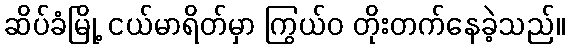
ဆိပ်ခံမြို့ ငယ်မာရိတ်မှာ ကြွယ်ဝ တိုးတက်နေခဲ့သည်။